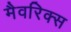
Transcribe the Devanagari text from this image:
मैवरिक्स